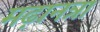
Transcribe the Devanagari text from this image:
मढ़ानत्रा